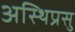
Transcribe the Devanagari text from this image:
अस्थिप्रसु